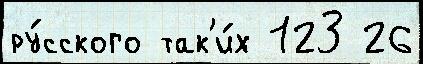
ру́сского так'и́х 123 26